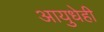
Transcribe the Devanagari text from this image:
आयुधेही